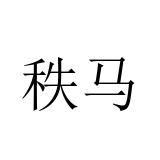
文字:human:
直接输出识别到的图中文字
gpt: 秩马